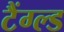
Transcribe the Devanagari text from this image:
टैंग्ल्ड